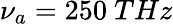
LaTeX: \nu_{a}=250~THz